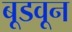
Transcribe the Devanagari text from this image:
बूडवून